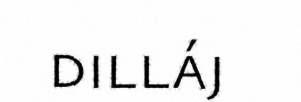
dilláj